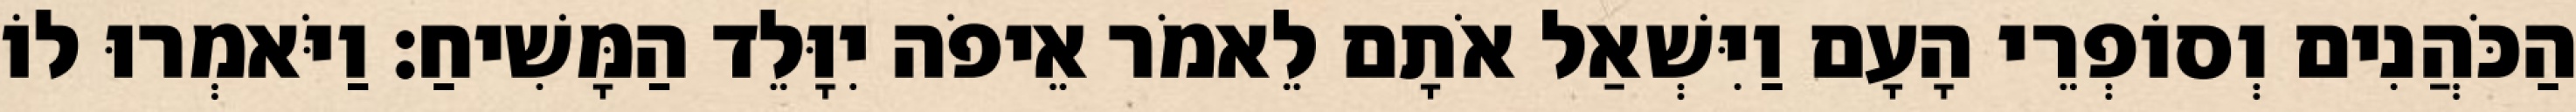
הַכֹּהֲנִים וְסוֹפְרֵי הָעָם וַיִּשְׁאַל אֹתָם לֵאמֹר אֵיפֹה יִוָּלֵד הַמָּשִׁיחַ׃ וַיֹּאמְרוּ לוֹ